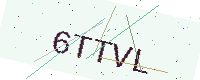
Text: 6TTVL